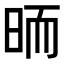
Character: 𣆝